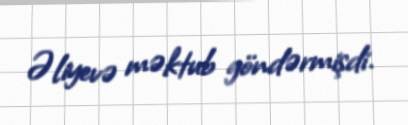
Əliyevə məktub göndərmişdi.